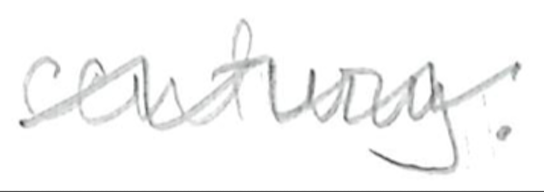
Text: century.
Cross-out: wave
Writing tool: pencil